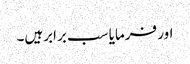
اور فرمایا سب برابرہیں۔